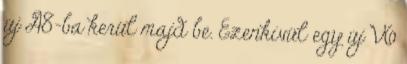
új A8-ba kerül majd be. Ezenkívül egy új V6